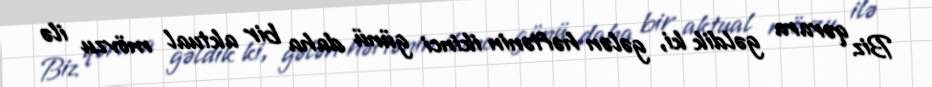
Biz qərara gəldik ki, gələn həftənin ikinci günü daha bir aktual mövzu ilə